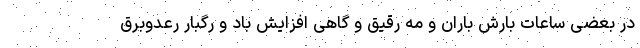
در بعضی ساعات بارش باران و مه رقیق و گاهی افزایش باد و رگبار رعدوبرق